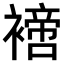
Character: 𧝐